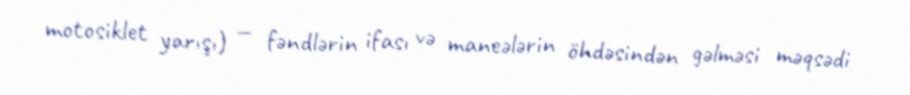
motosiklet yarışı) — fəndlərin ifası və maneələrin öhdəsindən gəlməsi məqsədi